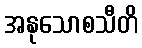
အနုသောစသီတိ